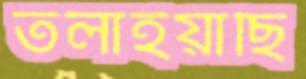
তলাইয়াছি